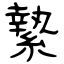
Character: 縶